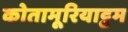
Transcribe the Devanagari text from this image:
कोतामूरियाट्टम